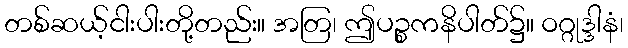
တစ်ဆယ့်ငါးပါးတို့တည်း။ အတြ၊ ဤပဉ္စကနိပါတ်၌။ ဝဂ္ဂုဒ္ဒါနံ၊